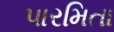
પારમિતા